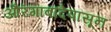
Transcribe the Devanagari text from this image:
औरंगाबादेपासून